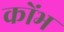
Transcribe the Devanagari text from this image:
कोंभ